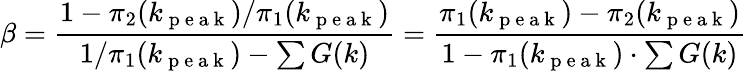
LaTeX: \beta=\frac{1-\pi_{2}(k_{\mathrm{~p~e~a~k~}})/\pi_{1}(k_{\mathrm{~p~e~a~k~}})}{1/\pi_{1}(k_{\mathrm{~p~e~a~k~}})-\sum G(k)}=\frac{\pi_{1}(k_{\mathrm{~p~e~a~k~}})-\pi_{2}(k_{\mathrm{~p~e~a~k~}})}{1-\pi_{1}(k_{\mathrm{~p~e~a~k~}})\cdot\sum G(k)}